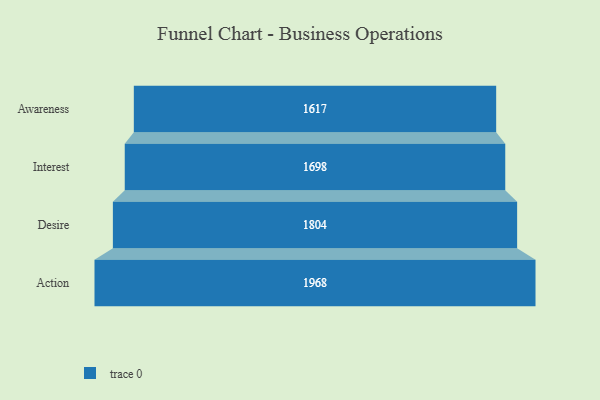
{"axis": {"x": "Stage", "y": "Value"}, "legend": [""], "data": [{"x": "Awareness", "y": 1617.0, "type": ""}, {"x": "Interest", "y": 1698.0, "type": ""}, {"x": "Desire", "y": 1804.0, "type": ""}, {"x": "Action", "y": 1968.0, "type": ""}]}